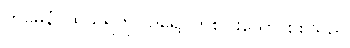
တမေနံ၊ ထိုသူရဲကို။ ပရေ၊ တစ်ပါးသော စစ်သည်